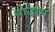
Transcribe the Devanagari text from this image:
श्राद्धांस